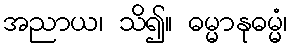
အညာယ၊ သိ၍။ ဓမ္မာနုဓမ္မံ၊